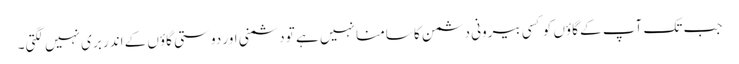
جب تک آپ کے گاؤں کو کسی بیرونی دشمن کا سامنا نہیں ہے تو دشمنی اور دوستی گاؤں کے اندر بری نہیں لگتی۔